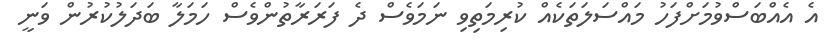
އެ އެއްބަސްވުމަށްފަހު މައްސަލަތަކެއް ކުރިމަތިވި ނަމަވެސް ދެ ފަރަރާތުންވެސް ހަމަލާ ބަދަލުކުރުން ވަނީ